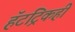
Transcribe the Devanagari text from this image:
हॅटट्रिकही